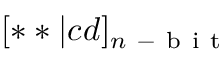
[ * * | c d ] _ { n \mathrm { ~ - ~ b ~ i ~ t ~ } }